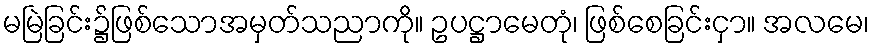
မမြဲခြင်း၌ဖြစ်သောအမှတ်သညာကို။ ဥပဋ္ဌာမေတုံ၊ ဖြစ်စေခြင်းငှာ။ အလမေ၊